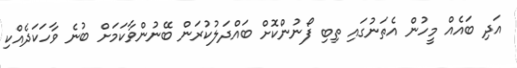
އަދި ބައެއް މީހުން އެތަނުގައި ތިބި ފޯނުންކޮށް ބައްދަލުކުރަން ބޭނުންވާކަމަށް ބުނެ ވާހަކަދެއްކި